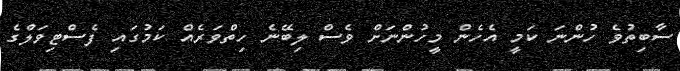
ސާބިތުވެ ހުންނަ ކަމީ އެހެން މީހުންނަށް ވެސް ލިބޭނެ ހިތްވަރެއް ކަމުގައި ފެސްޓިވަލްގެ